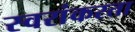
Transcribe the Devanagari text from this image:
स्वरांकरता